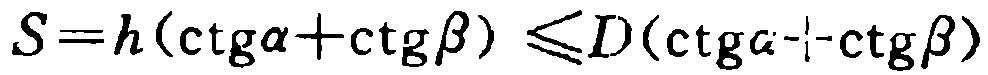
\(S = h(\mathrm{ctg}\alpha+\mathrm{ctg}\beta)\leqslant D(\mathrm{ctg}\alpha+\mathrm{ctg}\beta)\)